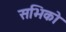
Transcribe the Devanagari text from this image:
सभिको